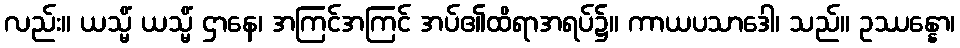
လည်း။ ယသ္မိံ ယသ္မိံ ဌာနေ၊ အကြင်အကြင် အပ်၏ထိရာအရပ်၌။ ကာယပသာဒေါ၊ သည်။ ဥဿန္နော၊